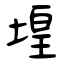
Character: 堭